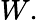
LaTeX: W.